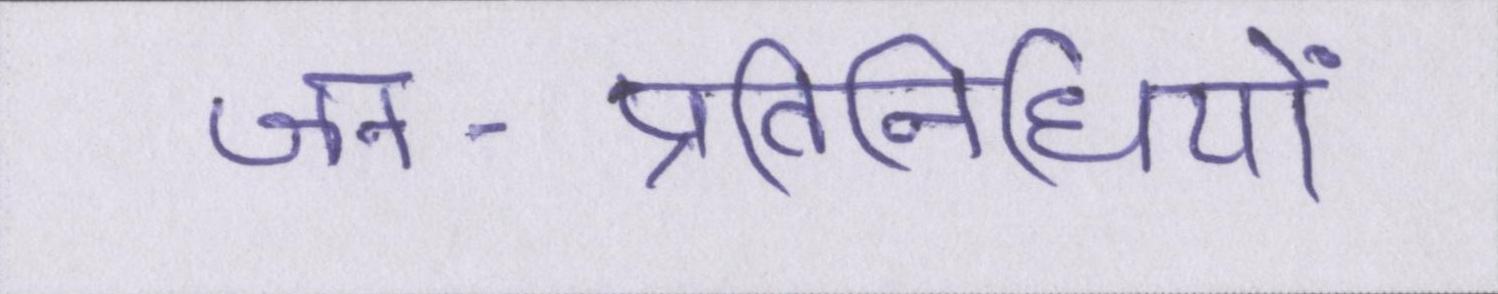
जन-प्रतिनिधियों